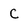
Character: C